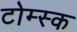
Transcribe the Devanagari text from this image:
टोम्स्क